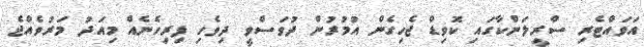
އަވައްޓެރި ސްރީލަންކާގައި ކޮވިޑް ޖެހިގެން އުމުރުން ދުވަސްވީ ދިވެހި ފިރިހެނެއް މިއަދު މަރުވެއްޖެ